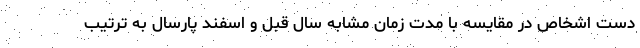
دست اشخاص در مقایسه با مدت زمان مشابه سال قبل و اسفند پارسال به ترتیب